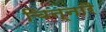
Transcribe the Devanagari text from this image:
चिन्नारै